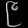
Digit: ၉